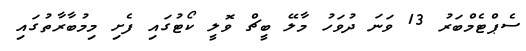
ސެޕްޓެމްބަރު 13 ވަނަ ދުވަހު މާލޭ ބީޗް ވޮލީ ކޯޓުގައި ފެށި މިމުބާރާތުގައި